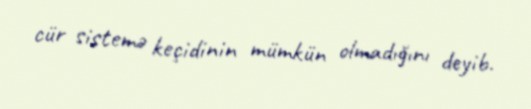
cür sistemə keçidinin mümkün olmadığını deyib.